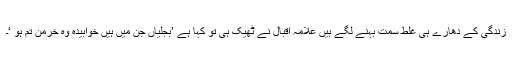
زندگی کے دھارے ہی غلط سمت بہنے لگے ہیں علامہ اقبال نے ٹھیک ہی تو کہا ہے ’بجلیاں جن میں ہیں خوابیدہ وہ خرمن تم ہو ‘۔